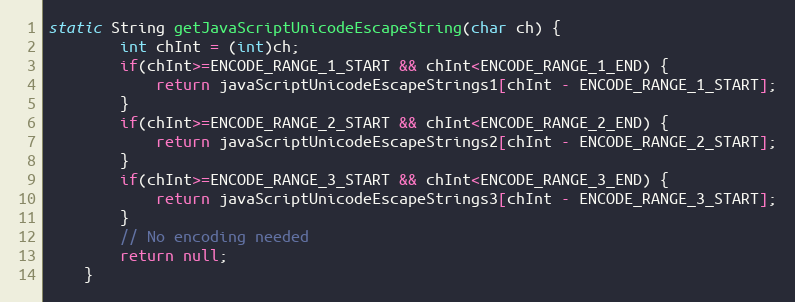
Language: Java
static String getJavaScriptUnicodeEscapeString(char ch) {
		int chInt = (int)ch;
		if(chInt>=ENCODE_RANGE_1_START && chInt<ENCODE_RANGE_1_END) {
			return javaScriptUnicodeEscapeStrings1[chInt - ENCODE_RANGE_1_START];
		}
		if(chInt>=ENCODE_RANGE_2_START && chInt<ENCODE_RANGE_2_END) {
			return javaScriptUnicodeEscapeStrings2[chInt - ENCODE_RANGE_2_START];
		}
		if(chInt>=ENCODE_RANGE_3_START && chInt<ENCODE_RANGE_3_END) {
			return javaScriptUnicodeEscapeStrings3[chInt - ENCODE_RANGE_3_START];
		}
		// No encoding needed
		return null;
	}